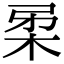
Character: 𭩲